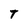
Character: T